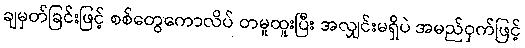
ချမှတ်ခြင်းဖြင့် စစ်တွေကောလိပ် တမူထူးပြီး အလျှင်းမရှိပဲ အမည်ဝှက်ဖြင့်